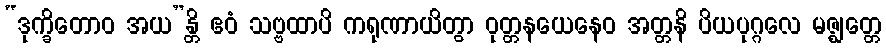
“ဒုက္ခိတောဝ အယ”န္တိ ဧဝံ သဗ္ဗထာပိ ကရုဏာယိတွာ ဝုတ္တနယေနေဝ အတ္တနိ ပိယပုဂ္ဂလေ မဇ္ဈတ္တေ